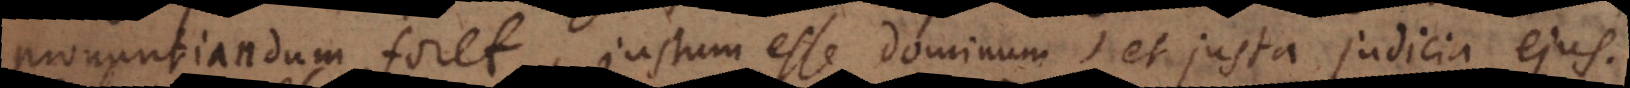
pronuntiandum foret, justum esse dominum, et justa judicia ejus.